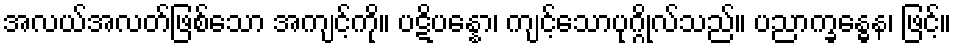
အလယ်အလတ်ဖြစ်သော အကျင့်ကို။ ပဋိပန္နော၊ ကျင့်သောပုဂ္ဂိုလ်သည်။ ပညာက္ခန္ဓေန၊ ဖြင့်။